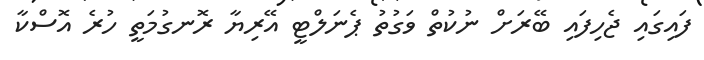
ފައިގައި ޖެހިފައި ބޭރަށް ނުކުތް ވަގުތު ޕެނަލްޓީ އޭރިޔާ ރޮނގުމަތީ ހުރެ އޮސްކާ